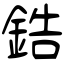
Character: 鋯